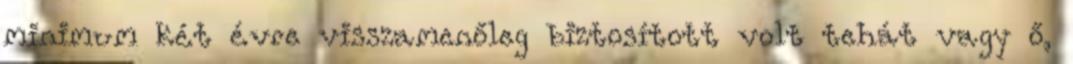
minimum két évre visszamenőleg biztosított volt tehát vagy ő,